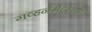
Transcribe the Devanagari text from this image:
गव्हर्नमेंट्सची